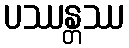
ပဿန္တဿ